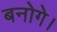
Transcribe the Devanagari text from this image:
बनोगे।